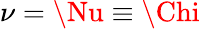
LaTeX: \nu=\Nu\equiv\Chi